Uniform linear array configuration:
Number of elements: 64
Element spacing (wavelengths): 0.25
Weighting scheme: uniform
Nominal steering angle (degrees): -30
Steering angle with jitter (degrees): -28.067
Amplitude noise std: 0.05
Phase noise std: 0.05

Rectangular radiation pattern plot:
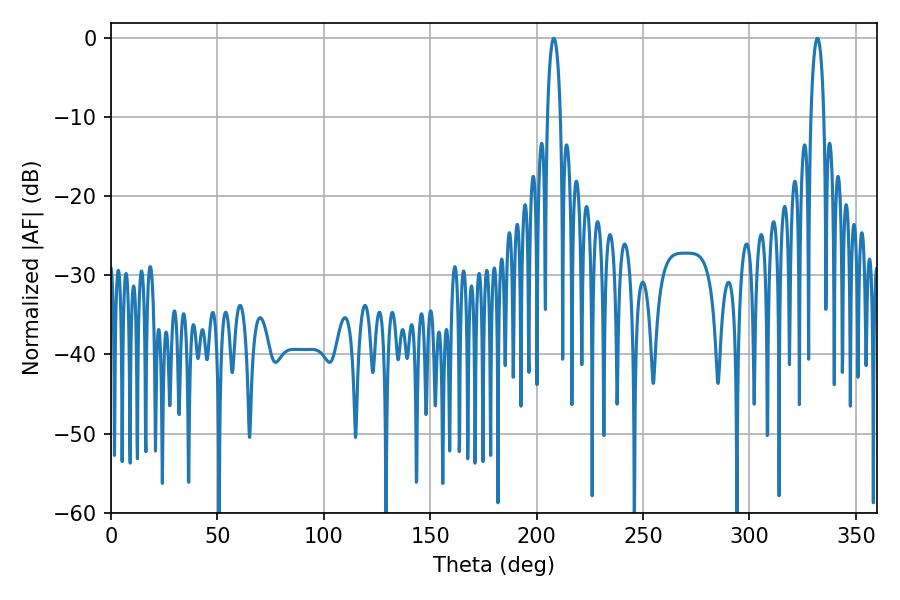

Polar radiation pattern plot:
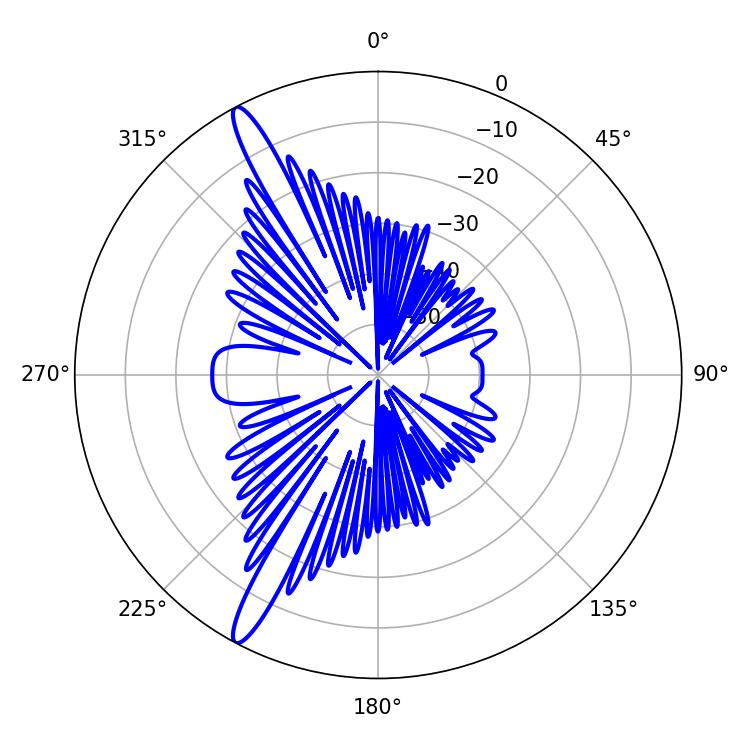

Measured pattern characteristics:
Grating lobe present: FALSE
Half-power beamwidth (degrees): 3.6
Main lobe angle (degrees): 208.08